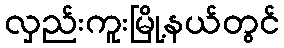
လှည်းကူးမြို့နယ်တွင်